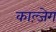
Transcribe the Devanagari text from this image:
काल्ज़ेग